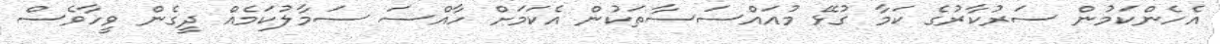
އެހެންކަމުން ސަރުކާރުގެ ކަމާ ގުޅޭ މުއައްސަސާތަކުން އެކަމަށް ހާއްސަ ސަމާލުކަމެއް ދީގެން ވީހާވެސް